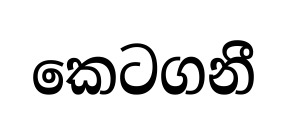
කෙටගනී